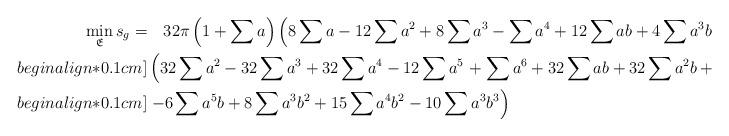
LaTeX: \begin{align*}\min_{\mathfrak{E}} s_g=&\quad32\pi\left(1+\sum a\right)\left(8\sum a-12\sum a^2+8\sum a^3-\sum a^4+12\sum ab+4\sum a^3b-3\sum a^2b^2\right)\Big/\\begin{align*}0.1cm]&\left(32\sum a^2-32\sum a^3+32\sum a^4-12\sum a^5\right.+\sum a^6+32\sum ab+32\sum a^2b+32\sum a^3b+4\sum a^4b\\begin{align*}0.1cm]&\left.-6\sum a^5b+8\sum a^3b^2+15\sum a^4b^2-10\sum a^3b^3\right)\end{align*}